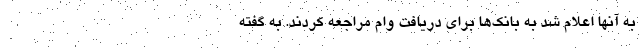
به آنها اعلام شد به بانک‌ها برای دریافت وام مراجعه کردند. به گفته